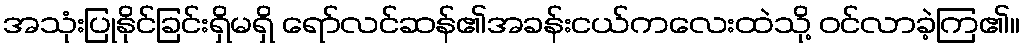
အသုံးပြုနိုင်ခြင်းရှိမရှိ ရော်လင်ဆန်၏အခန်းငယ်ကလေးထဲသို့ ဝင်လာခဲ့ကြ၏။